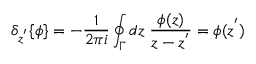
{ \delta } _ { z ^ { ' } } \{ \phi \} = - \frac { 1 } { 2 \pi i } \oint _ { \Gamma } d z \; \frac { \phi ( z ) } { z - z ^ { ' } } = \phi ( z ^ { ' } )